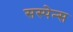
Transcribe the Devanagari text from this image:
सस्पेन्स